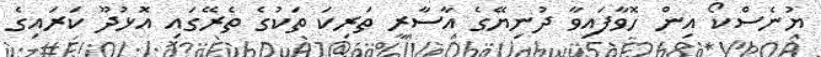
ޔުނެސްކޯ އިން ހޮވާފައިވާ ދުނިޔޭގެ އާސާރީ ތަރިކަ ތަކުގެ ތެރޭގައި އޮޅުދޫ ކަރައިގެ